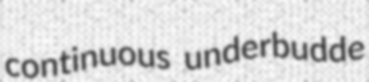
continuous underbudde